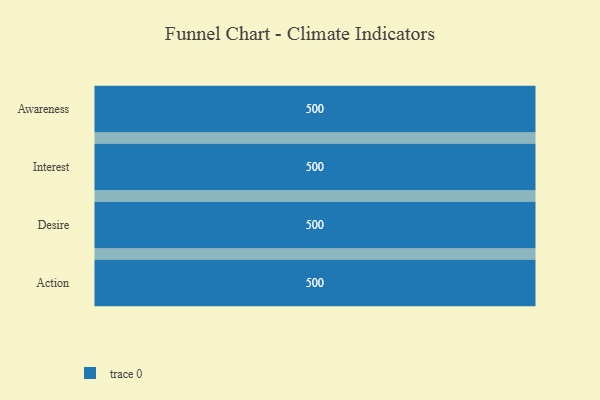
{"axis": {"x": "Stage", "y": "Value"}, "legend": [""], "data": [{"x": "Awareness", "y": 500, "type": ""}, {"x": "Interest", "y": 500, "type": ""}, {"x": "Desire", "y": 500, "type": ""}, {"x": "Action", "y": 500, "type": ""}]}